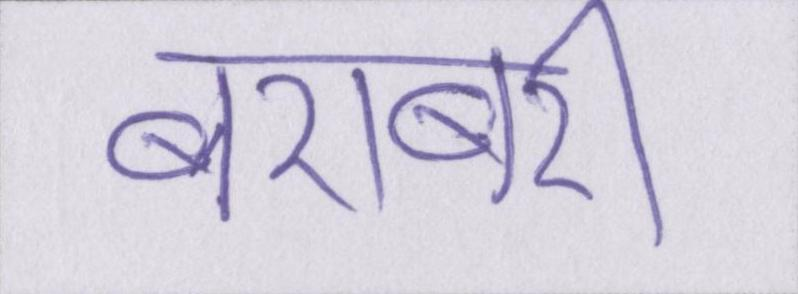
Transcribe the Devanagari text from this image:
बराबरी